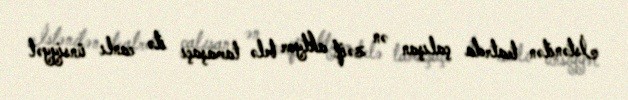
İstənilən teatrda çalışan ən zəif aktyor belə tamaşaçı ilə canlı ünsiyyət